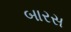
બારસ